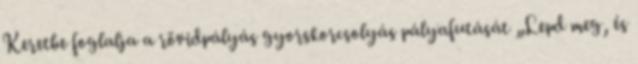
Keretbe foglalja a rövidpályás gyorskorcsolyás pályafutását „Lepd meg, és